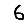
Digit: 6